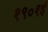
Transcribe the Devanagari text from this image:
१९०१ई